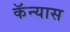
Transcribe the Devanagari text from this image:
कॅन्यास